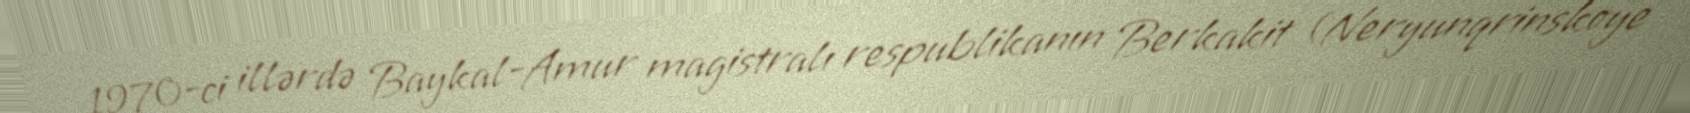
1970-ci illərdə Baykal-Amur magistralı respublikanın Berkakit (Neryunqrinskoye